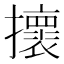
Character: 𢸬